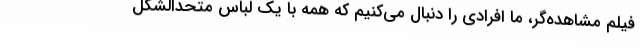
فیلم مشاهده‌گر، ما افرادی را دنبال می‌کنیم که همه با یک لباس متحدالشکل